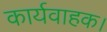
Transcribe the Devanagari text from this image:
कार्यवाहक।